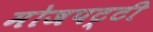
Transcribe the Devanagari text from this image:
मोजपट्टी